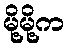
မို့မို့က